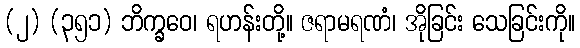
(၂) (၃၅၁) ဘိက္ခဝေ၊ ရဟန်းတို့။ ဇရာမရဏံ၊ အိုခြင်း သေခြင်းကို။